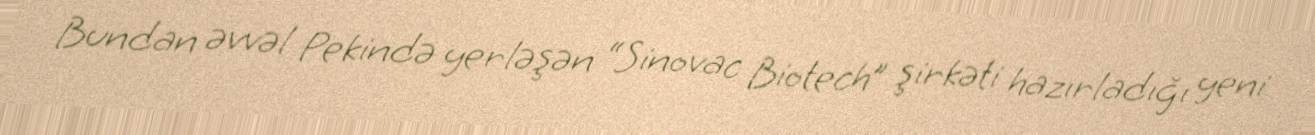
Bundan əvvəl Pekində yerləşən “Sinovac Biotech” şirkəti hazırladığı yeni